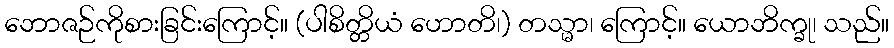
ဘောဇဉ်ကိုစားခြင်းကြောင့်။ (ပါစိတ္တိယံ ဟောတိ၊) တသ္မာ၊ ကြောင့်။ ယောဘိက္ခု၊ သည်။